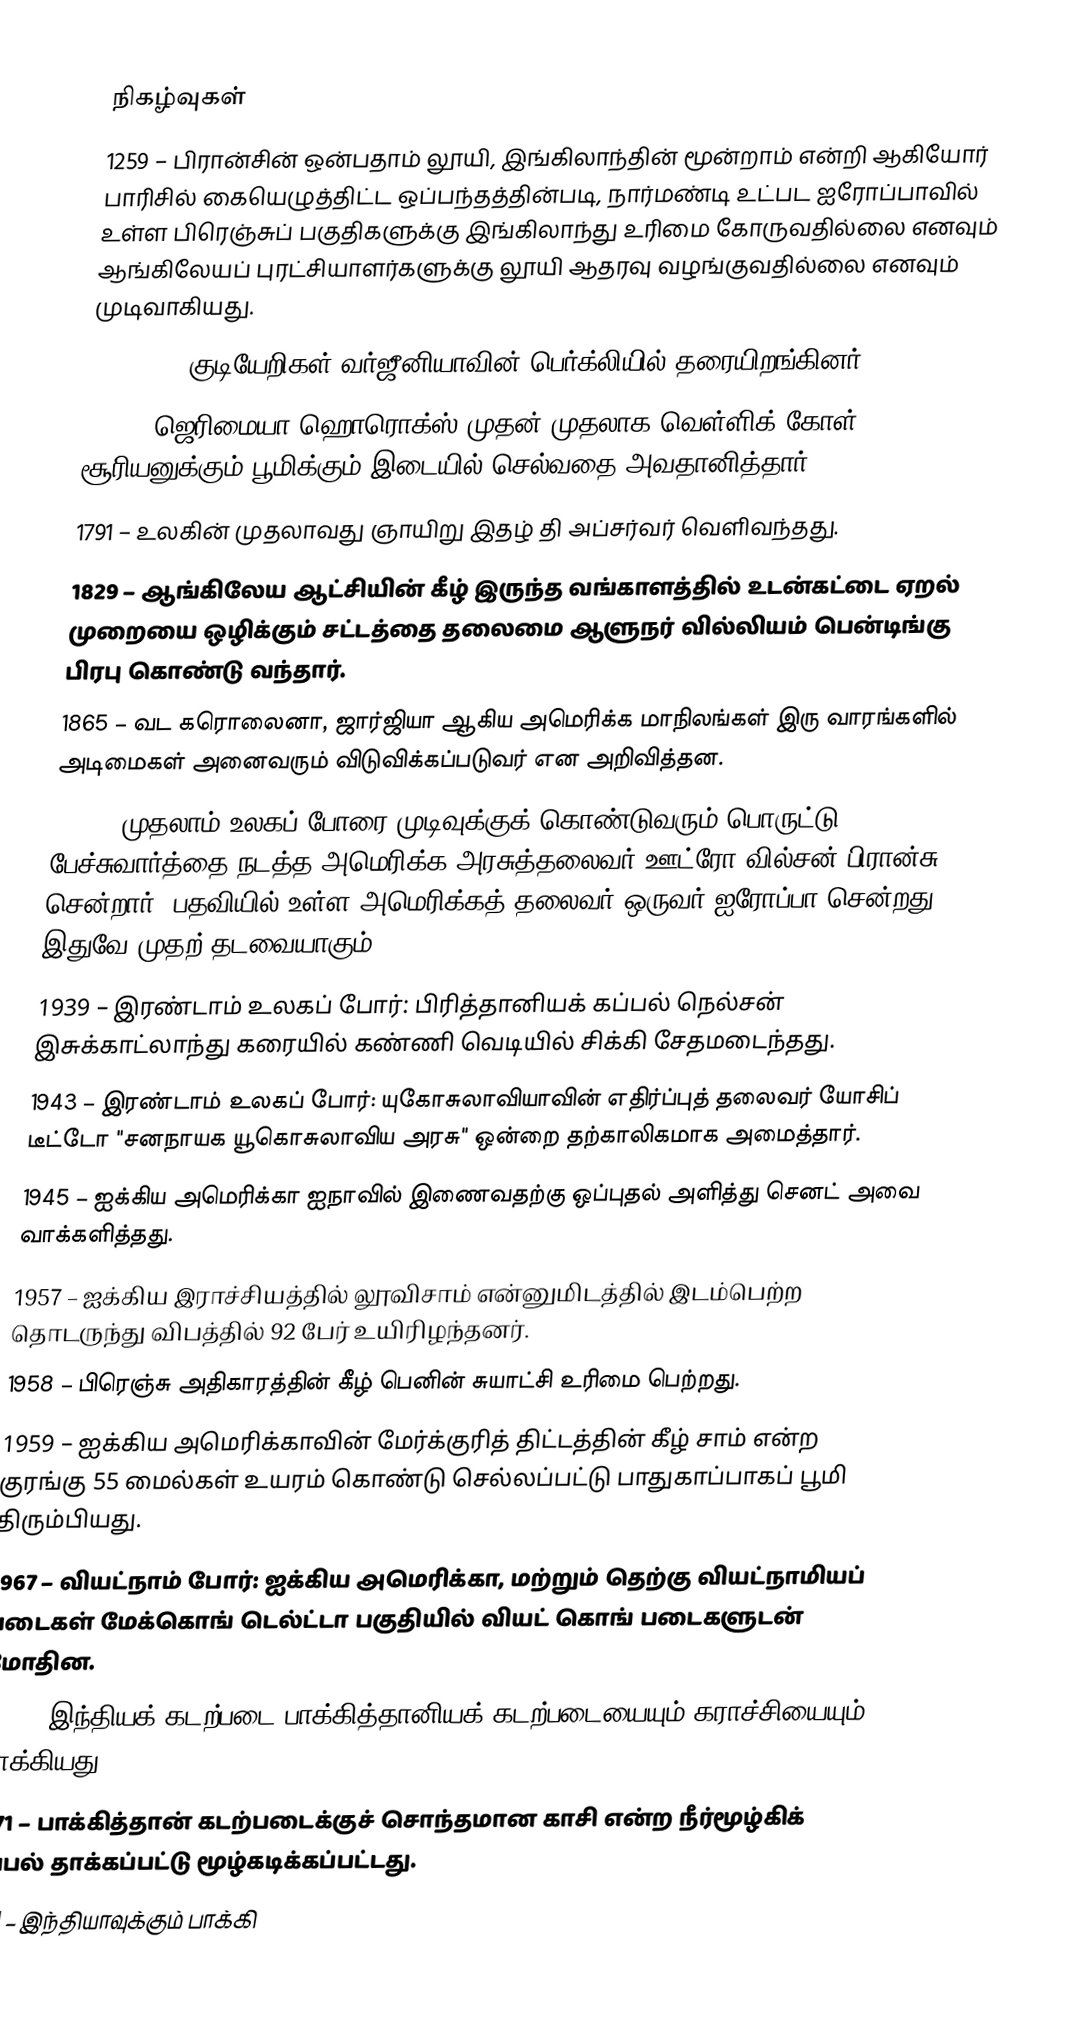

நிகழ்வுகள்
1259 – பிரான்சின் ஒன்பதாம் லூயி, இங்கிலாந்தின் மூன்றாம் என்றி ஆகியோர் பாரிசில் கையெழுத்திட்ட ஒப்பந்தத்தின்படி, நார்மண்டி உட்பட ஐரோப்பாவில் உள்ள பிரெஞ்சுப் பகுதிகளுக்கு இங்கிலாந்து உரிமை கோருவதில்லை எனவும் ஆங்கிலேயப் புரட்சியாளர்களுக்கு லூயி ஆதரவு வழங்குவதில்லை எனவும் முடிவாகியது.
1619 – 38 குடியேறிகள் வர்ஜீனியாவின் பெர்க்லியில் தரையிறங்கினர்.
1639 – ஜெரிமையா ஹொரொக்ஸ் முதன் முதலாக வெள்ளிக் கோள் சூரியனுக்கும் பூமிக்கும் இடையில் செல்வதை அவதானித்தார்.
1791 – உலகின் முதலாவது ஞாயிறு இதழ் தி அப்சர்வர் வெளிவந்தது.
1829 – ஆங்கிலேய ஆட்சியின் கீழ் இருந்த வங்காளத்தில் உடன்கட்டை ஏறல் முறையை ஒழிக்கும் சட்டத்தை தலைமை ஆளுநர் வில்லியம் பென்டிங்கு பிரபு கொண்டு வந்தார்.
1865 – வட கரொலைனா, ஜார்ஜியா ஆகிய அமெரிக்க மாநிலங்கள் இரு வாரங்களில் அடிமைகள் அனைவரும் விடுவிக்கப்படுவர் என அறிவித்தன.
1918 – முதலாம் உலகப் போரை முடிவுக்குக் கொண்டுவரும் பொருட்டு பேச்சுவார்த்தை நடத்த அமெரிக்க அரசுத்தலைவர் ஊட்ரோ வில்சன் பிரான்சு சென்றார். பதவியில் உள்ள அமெரிக்கத் தலைவர் ஒருவர் ஐரோப்பா சென்றது இதுவே முதற் தடவையாகும்.
1939 – இரண்டாம் உலகப் போர்: பிரித்தானியக் கப்பல் நெல்சன் இசுக்காட்லாந்து கரையில் கண்ணி வெடியில் சிக்கி சேதமடைந்தது.
1943 – இரண்டாம் உலகப் போர்: யுகோசுலாவியாவின் எதிர்ப்புத் தலைவர் யோசிப் டீட்டோ "சனநாயக யூகொசுலாவிய அரசு" ஒன்றை தற்காலிகமாக அமைத்தார்.
1945 – ஐக்கிய அமெரிக்கா ஐநாவில் இணைவதற்கு ஒப்புதல் அளித்து செனட் அவை வாக்களித்தது.
1957 – ஐக்கிய இராச்சியத்தில் லூவிசாம் என்னுமிடத்தில் இடம்பெற்ற தொடருந்து விபத்தில் 92 பேர் உயிரிழந்தனர்.
1958 – பிரெஞ்சு அதிகாரத்தின் கீழ் பெனின் சுயாட்சி உரிமை பெற்றது.
1959 – ஐக்கிய அமெரிக்காவின் மேர்க்குரித் திட்டத்தின் கீழ் சாம் என்ற குரங்கு 55 மைல்கள் உயரம் கொண்டு செல்லப்பட்டு பாதுகாப்பாகப் பூமி திரும்பியது.
1967 – வியட்நாம் போர்: ஐக்கிய அமெரிக்கா, மற்றும் தெற்கு வியட்நாமியப் படைகள் மேக்கொங் டெல்ட்டா பகுதியில் வியட் கொங் படைகளுடன் மோதின.
1971 – இந்தியக் கடற்படை பாக்கித்தானியக் கடற்படையையும் கராச்சியையும் தாக்கியது.
1971 – பாக்கித்தான் கடற்படைக்குச் சொந்தமான காசி என்ற நீர்மூழ்கிக் கப்பல் தாக்கப்பட்டு மூழ்கடிக்கப்பட்டது.
1971 – இந்தியாவுக்கும் பாக்கி